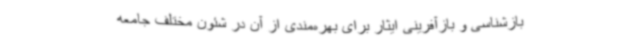
بازشناسی و بازآفرینی ایثار برای بهره‌مندی از آن در شئون مختلف جامعه